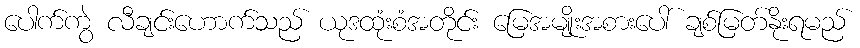
ပေါက်ကွဲ လီချင်းဟောက်သည် ယုဒထုံးစံအတိုင်း မြေအမျိုးအစားပေါ် ချစ်မြတ်နိုးရမည်